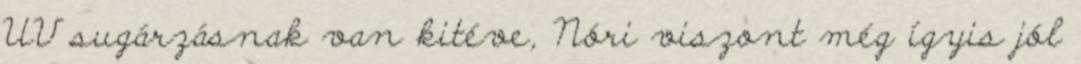
UV sugárzásnak van kitéve, Nóri viszont még ígyis jól